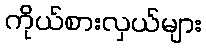
ကိုယ်စားလှယ်များ